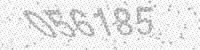
Solution: 056185